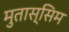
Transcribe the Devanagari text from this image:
मुतास्सिम